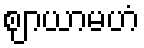
ဈာယာမဟံ